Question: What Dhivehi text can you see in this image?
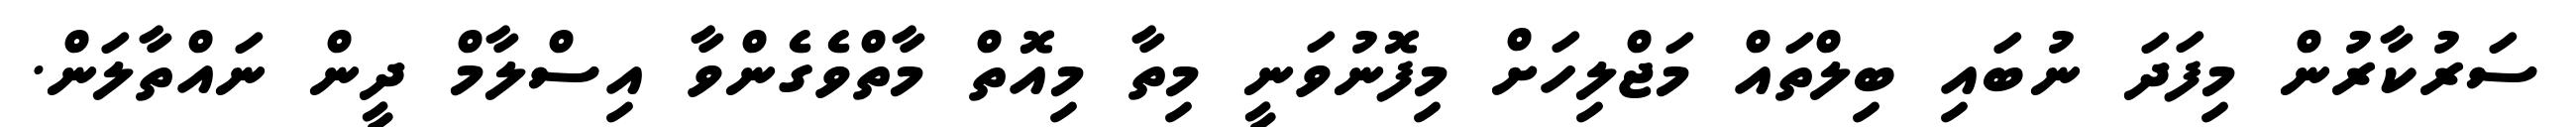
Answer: ސަރުކާރުން މިފަދަ ނުބައި ބިލްތައް މަޖްލިހަށް މިފޮނުވަނީ މިތާ މިއޮތް މާތްވެގެންވާ އިސްލާމް ދީން ނައްތާލަން.